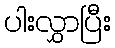
ပါးလွှာပြီး